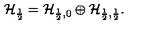
\mathcal { H } _ { \frac { 1 } { 2 } } = \mathcal { H } _ { \frac { 1 } { 2 } , 0 } \oplus \mathcal { H } _ { \frac { 1 } { 2 } , \frac { 1 } { 2 } } .